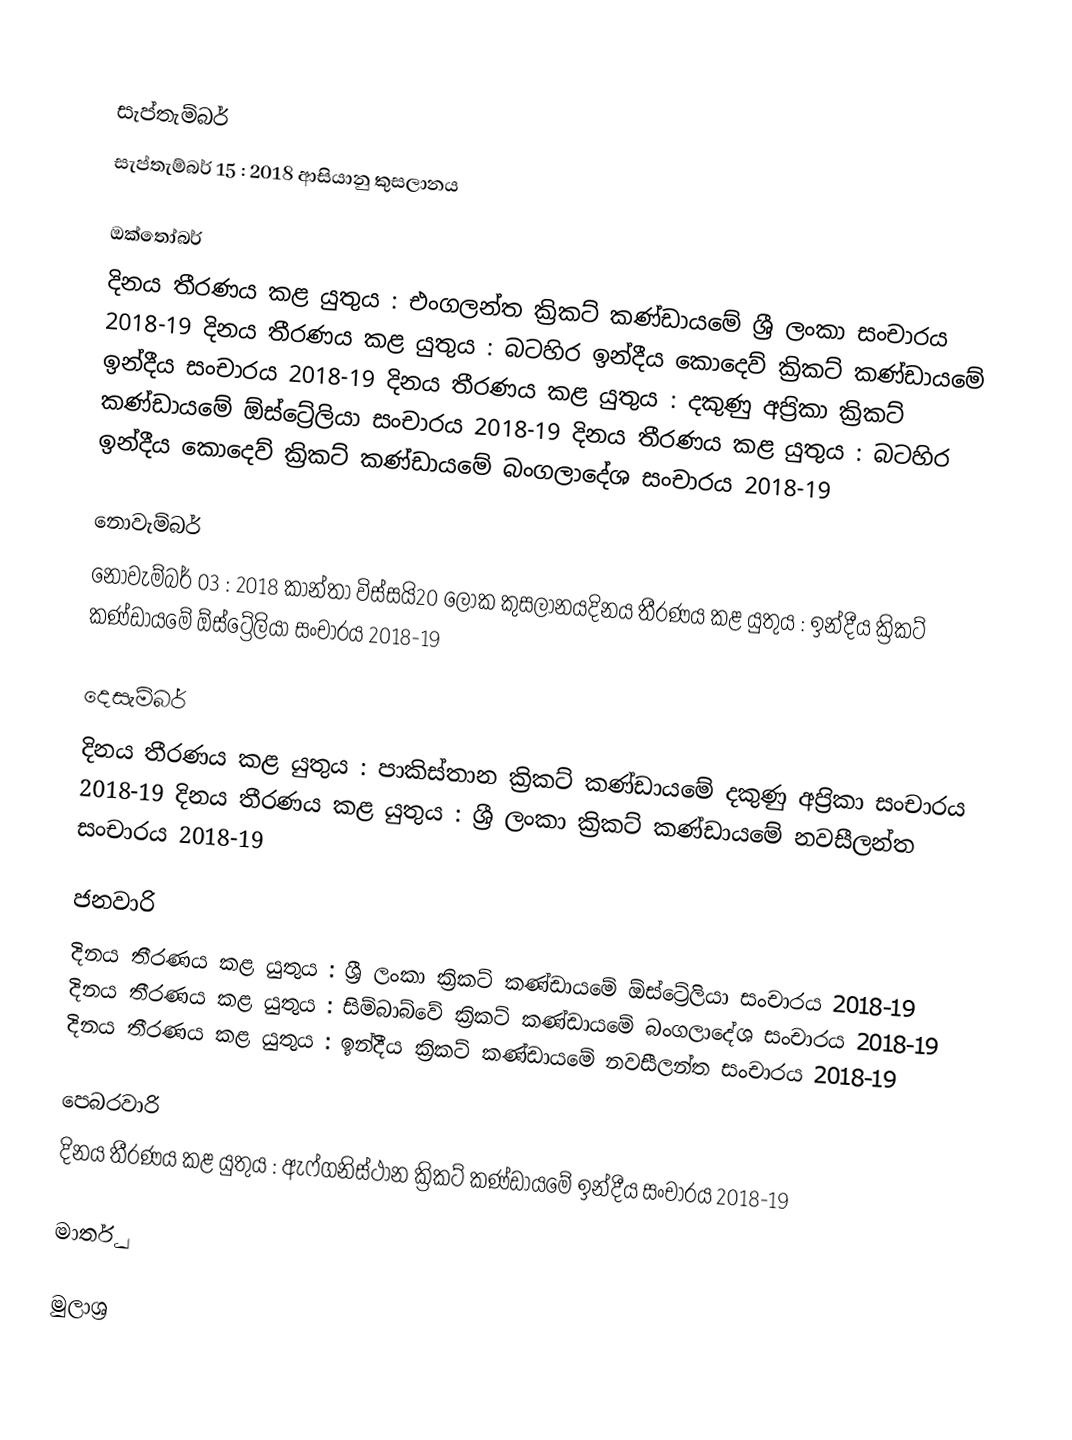

සැප්තැම්බර්
සැප්තැම්බර් 15 :  2018 ආසියානු කුසලානය

ඔක්තෝබර්
දිනය තීරණය කළ යුතුය :   එංගලන්ත ක්‍රිකට් කණ්ඩායමේ ශ්‍රී ලංකා සංචාරය 2018-19 දිනය තීරණය කළ යුතුය :   බටහිර ඉන්දීය කොදෙව් ක්‍රිකට් කණ්ඩායමේ ඉන්දීය සංචාරය 2018-19 දිනය තීරණය කළ යුතුය :   දකුණු අප‍්‍රිකා ක්‍රිකට් කණ්ඩායමේ ඕස්ට්‍රේලියා සංචාරය 2018-19 දිනය තීරණය කළ යුතුය :   බටහිර ඉන්දීය කොදෙව් ක්‍රිකට් කණ්ඩායමේ බංගලාදේශ සංචාරය 2018-19

නොවැම්බර්
නොවැම්බර් 03 :  2018 කාන්තා විස්සයි20 ලෝක කුසලානයදිනය තීරණය කළ යුතුය :   ඉන්දීය ක්‍රිකට් කණ්ඩායමේ ඕස්ට්‍රේලියා සංචාරය 2018-19

දෙසැම්බර්
දිනය තීරණය කළ යුතුය :   පාකිස්තාන ක්‍රිකට් කණ්ඩායමේ දකුණු අප‍්‍රිකා සංචාරය 2018-19 දිනය තීරණය කළ යුතුය :   ශ්‍රී ලංකා ක්‍රිකට් කණ්ඩායමේ නවසීලන්ත සංචාරය 2018-19

ජනවාරි
දිනය තීරණය කළ යුතුය :   ශ්‍රී ලංකා ක්‍රිකට් කණ්ඩායමේ ඕස්ට්‍රේලියා සංචාරය 2018-19 දිනය තීරණය කළ යුතුය :   සිම්බාබ්වේ ක්‍රිකට් කණ්ඩායමේ බංගලාදේශ සංචාරය 2018-19 දිනය තීරණය කළ යුතුය :   ඉන්දීය ක්‍රිකට් කණ්ඩායමේ නවසීලන්ත සංචාරය 2018-19

පෙබරවාරි
දිනය තීරණය කළ යුතුය :   ඇෆ්ගනිස්ථාන ක්‍රිකට් කණ්ඩායමේ ඉන්දීය සංචාරය 2018-19

මාර්තු

මුලාශ්‍ර